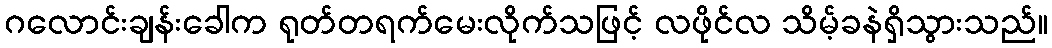
ဂလောင်းချန်းခေါက ရုတ်တရက်မေးလိုက်သဖြင့် လဖိုင်လ သိမ့်ခနဲရှိသွားသည်။